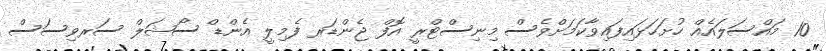
10 މައްސަލައެއް ހުށަހަޅައިފައިވާކަމަށްވެސް މިނިސްޓްރީ އޮފް ޖެންޑަރ ފެމިލީ އެންޑް ސޯޝަލް ސަރވިސަސް